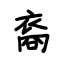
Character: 裔